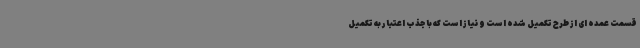
قسمت عمده ای از طرح تکمیل شده است و نیاز است که با جذب اعتبار به تکمیل